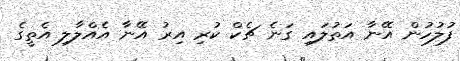
ފުލުހުން އޭނާ އަތުލައި ގަނެ ޗެކް ކުރި އިރު އޭނާ އެއްލާލި އެތީގެ